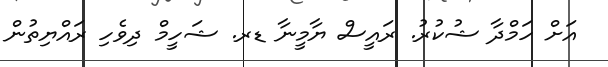
އަށް ހަމްދާ ޝުކުރު. ރައީސް ޔާމީނާ ޑރ. ޝަހީމް ދިވެހި ރައްޔިތުން